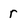
Character: r